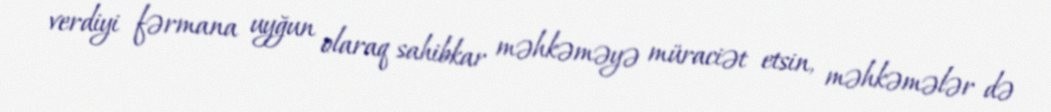
verdiyi fərmana uyğun olaraq sahibkar məhkəməyə müraciət etsin, məhkəmələr də